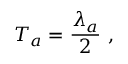
T _ { a } = { \frac { \lambda _ { a } } { 2 } } ~ ,